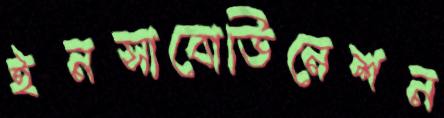
ইনসাবোডিনেশন